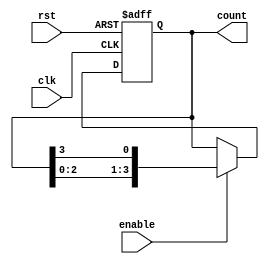
module JohnsonCounter_with_Enable (
    input wire clk,
    input wire rst,
    input wire enable,
    output reg [3:0] count
);

reg [3:0] shift_reg;

always @(posedge clk or posedge rst) begin
    if (rst) begin
        shift_reg <= 4'b0000;
    end else begin
        if (enable) begin
            shift_reg <= {shift_reg[2:0], shift_reg[3]};
        end
    end
end

assign count = shift_reg;

endmodule